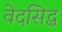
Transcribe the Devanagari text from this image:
वेदसिद्ध